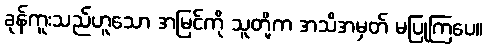
ခုန်ကူးသည်ဟူသော အမြင်ကို သူတို့က အသိအမှတ် မပြုကြပေ။